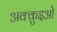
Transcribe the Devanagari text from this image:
अक्क़ुइओ